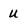
Character: U